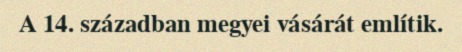
A 14. században megyei vásárát említik.